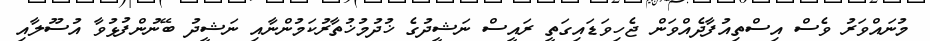
މުނައްވަރު ވެސް އިސްތިއުފާދެއްވަން ޖެހިވަޑައިގަތީ ރައީސް ނަޝީދުގެ ޚުދުމުޚުތާރުކަމުންނާއި ނަޝީދު ބޭނުންފުޅުވާ އުސޫލާއި